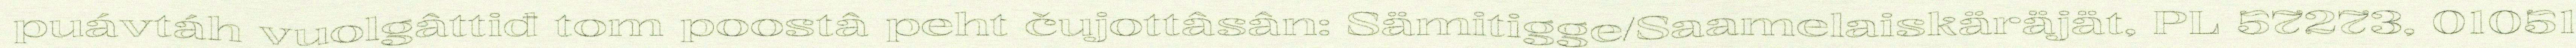
puávtáh vuolgâttiđ tom poostâ peht čujottâsân: Sämitigge/Saamelaiskäräjät, PL 57273, 01051